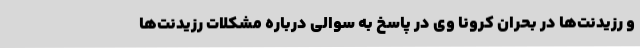
و رزیدنت‌ها در بحران کرونا وی در پاسخ به سوالی درباره مشکلات رزیدنت‌ها